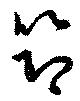
筇